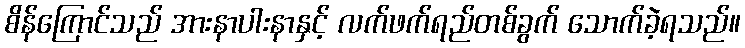
စိန်ကြောင်သည် အားနာပါးနာနှင့် လက်ဖက်ရည်တစ်ခွက် သောက်ခဲ့ရသည်။